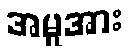
အမှုအား